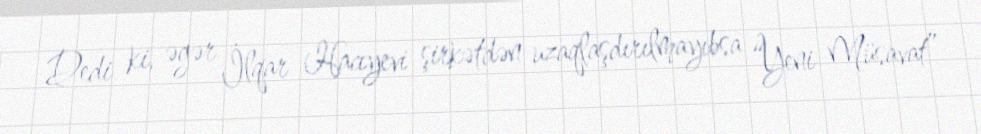
Dedi ki, əgər İlqar Hacıyevi şirkətdən uzaqlaşdırılmayıbsa “Yeni Müsavat”